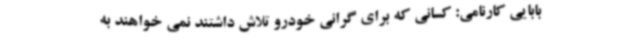
بابایی کارنامی: کسانی که برای گرانی خودرو تلاش داشتند نمی خواهند به